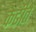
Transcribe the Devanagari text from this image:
कढीत